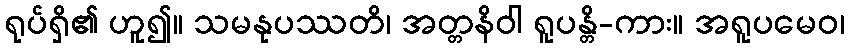
ရုပ်ရှိ၏ ဟူ၍။ သမနုပဿတိ၊ အတ္တနိဝါ ရူပန္တိ-ကား။ အရူပမေဝ၊